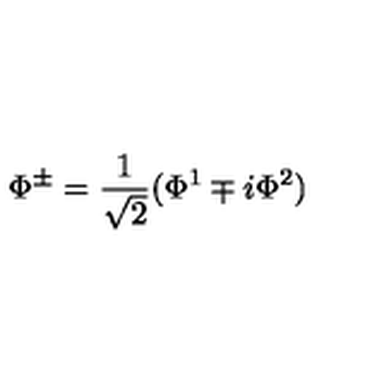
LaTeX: \Phi ^ { \pm } = \frac { 1 } { \sqrt { 2 } } ( \Phi ^ { 1 } \mp i \Phi ^ { 2 } )